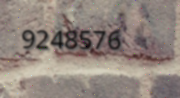
9248576